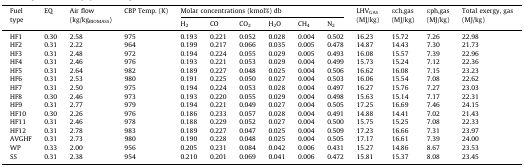
<table><thead><tr><td><b>Fuel type</b></td><td><b>EQ</b></td><td><b>Air flow (kg/kg<sub>BIOMASS</sub>)</b></td><td><b>CBP Temp. (K)</b></td><td colspan="6"><b>Molar concentrations (kmol%) db</b></td><td><b>LHV<sub>GAS</sub> (MJ/kg)</b></td><td><b>εch,gas (MJ/kg)</b></td><td><b>εph,gas (MJ/kg)</b></td><td><b>Total exergy, gas (MJ/kg)</b></td></tr><tr><td><b>H<sub>2</sub></b></td><td><b>CO</b></td><td><b>CO<sub>2</sub></b></td><td><b>H<sub>2</sub>O</b></td><td><b>CH<sub>4</sub></b></td><td><b>N<sub>2</sub></b></td></tr></thead><tbody><tr><td>HF1</td><td>0.30</td><td>2.58</td><td>975</td><td>0.193</td><td>0.221</td><td>0.052</td><td>0.028</td><td>0.004</td><td>0.502</td><td>16.23</td><td>15.72</td><td>7.26</td><td>22.98</td></tr><tr><td>HF2</td><td>0.31</td><td>2.22</td><td>964</td><td>0.199</td><td>0.217</td><td>0.066</td><td>0.035</td><td>0.005</td><td>0.478</td><td>14.87</td><td>14.43</td><td>7.30</td><td>21.73</td></tr><tr><td>HF3</td><td>0.31</td><td>2.48</td><td>972</td><td>0.194</td><td>0.224</td><td>0.055</td><td>0.029</td><td>0.005</td><td>0.493</td><td>16.08</td><td>15.57</td><td>7.39</td><td>22.96</td></tr><tr><td>HF4</td><td>0.31</td><td>2.46</td><td>976</td><td>0.193</td><td>0.221</td><td>0.053</td><td>0.029</td><td>0.004</td><td>0.499</td><td>15.73</td><td>15.24</td><td>7.12</td><td>22.36</td></tr><tr><td>HF5</td><td>0.31</td><td>2.64</td><td>982</td><td>0.189</td><td>0.227</td><td>0.048</td><td>0.025</td><td>0.004</td><td>0.506</td><td>16.62</td><td>16.08</td><td>7.15</td><td>23.23</td></tr><tr><td>HF6</td><td>0.31</td><td>2.53</td><td>980</td><td>0.191</td><td>0.225</td><td>0.050</td><td>0.027</td><td>0.004</td><td>0.503</td><td>16.06</td><td>15.54</td><td>7.08</td><td>22.62</td></tr><tr><td>HF7</td><td>0.31</td><td>2.50</td><td>975</td><td>0.194</td><td>0.224</td><td>0.053</td><td>0.028</td><td>0.004</td><td>0.497</td><td>16.27</td><td>15.76</td><td>7.27</td><td>23.03</td></tr><tr><td>HF8</td><td>0.30</td><td>2.46</td><td>973</td><td>0.193</td><td>0.220</td><td>0.055</td><td>0.029</td><td>0.004</td><td>0.498</td><td>15.63</td><td>15.14</td><td>7.17</td><td>22.31</td></tr><tr><td>HF9</td><td>0.31</td><td>2.77</td><td>979</td><td>0.194</td><td>0.221</td><td>0.049</td><td>0.027</td><td>0.004</td><td>0.505</td><td>17.25</td><td>16.69</td><td>7.46</td><td>24.15</td></tr><tr><td>HF10</td><td>0.30</td><td>2.26</td><td>976</td><td>0.186</td><td>0.233</td><td>0.057</td><td>0.028</td><td>0.004</td><td>0.491</td><td>14.88</td><td>14.41</td><td>7.02</td><td>21.43</td></tr><tr><td>HF11</td><td>0.31</td><td>2.46</td><td>978</td><td>0.188</td><td>0.229</td><td>0.052</td><td>0.027</td><td>0.004</td><td>0.500</td><td>15.75</td><td>15.25</td><td>7.08</td><td>22.33</td></tr><tr><td>HF12</td><td>0.31</td><td>2.78</td><td>983</td><td>0.189</td><td>0.227</td><td>0.047</td><td>0.025</td><td>0.004</td><td>0.509</td><td>17.23</td><td>16.66</td><td>7.31</td><td>23.97</td></tr><tr><td>AVGHF</td><td>0.31</td><td>2.73</td><td>980</td><td>0.190</td><td>0.228</td><td>0.048</td><td>0.025</td><td>0.004</td><td>0.505</td><td>17.17</td><td>16.61</td><td>7.39</td><td>24.00</td></tr><tr><td>WP</td><td>0.33</td><td>2.00</td><td>956</td><td>0.205</td><td>0.231</td><td>0.084</td><td>0.042</td><td>0.006</td><td>0.431</td><td>15.27</td><td>14.86</td><td>8.67</td><td>23.53</td></tr><tr><td>SS</td><td>0.31</td><td>2.38</td><td>954</td><td>0.210</td><td>0.201</td><td>0.069</td><td>0.041</td><td>0.006</td><td>0.472</td><td>15.81</td><td>15.37</td><td>8.08</td><td>23.45</td></tr></tbody></table>